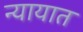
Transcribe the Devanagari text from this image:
न्यायात